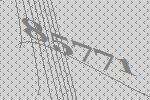
85771